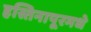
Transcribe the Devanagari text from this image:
हस्तिनापूरमधे